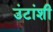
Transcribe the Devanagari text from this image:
उंटांशी